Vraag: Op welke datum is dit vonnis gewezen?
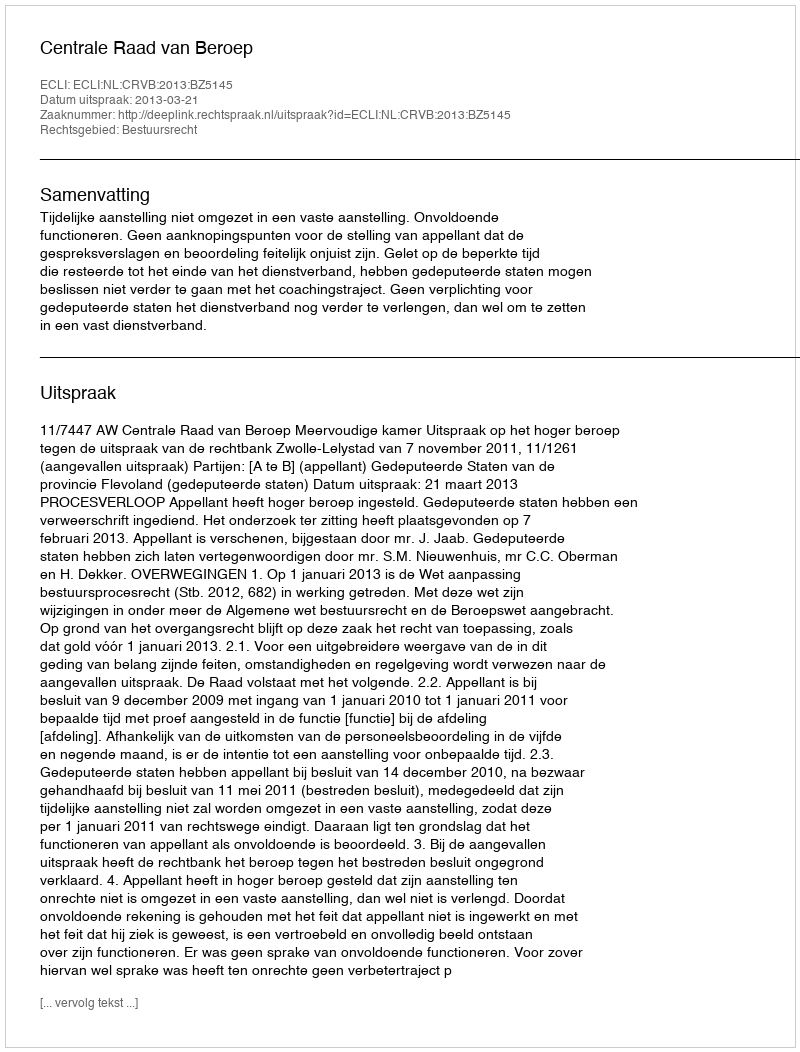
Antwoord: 2013-03-21